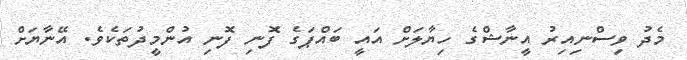
މެދު ވިސްނިއިރު އީނާޝްގެ ހިޔާލަށް އައީ ބައްޕަގެ ފޮނި ފޮނި އުންމީދުތަކެވެ. އޭނާޔަށް